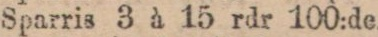
Sparris 3 à 15 rdr 100:de.